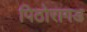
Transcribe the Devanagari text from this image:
पिठोरागड